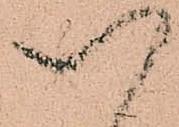
以